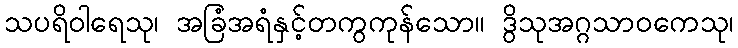
သပရိဝါရေသု၊ အခြံအရံနှင့်တကွကုန်သော။ ဒွိသုအဂ္ဂသာဝကေသု၊